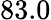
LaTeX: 83.0